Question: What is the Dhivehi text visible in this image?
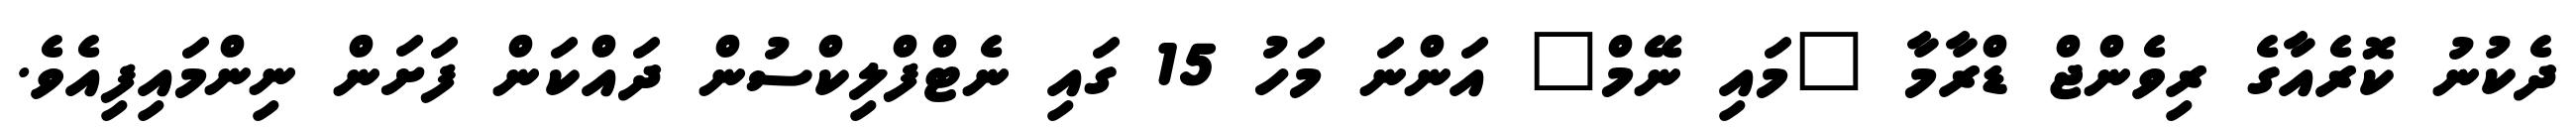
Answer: ދެކުނު ކޮރެއާގެ ރިވެންޖް ޑްރާމާ "މައި ނޭމް" އަންނަ މަހު 15 ގައި ނެޓްފްލިކްސުން ދައްކަން ފަށަން ނިންމައިފިއެވެ.